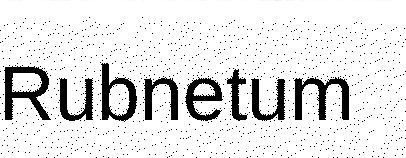
Rubnetum